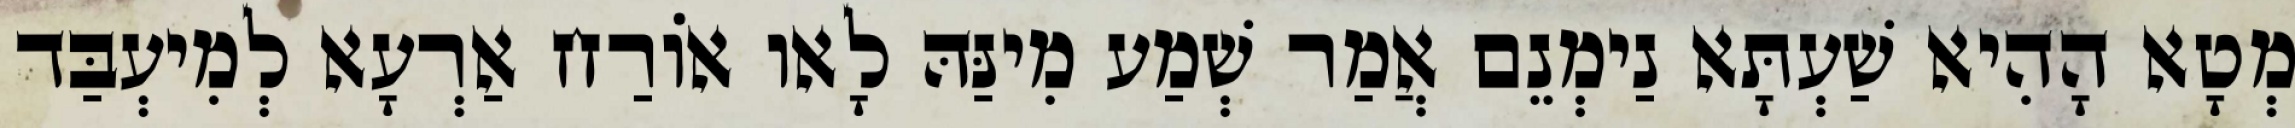
מְטָא הָהִיא שַׁעְתָּא נַימְנֵם אֲמַר שְׁמַע מִינַּהּ לָאו אוֹרַח אַרְעָא לְמִיעְבַּד